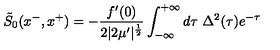
\tilde { S } _ { 0 } ( x ^ { - } , x ^ { + } ) = - { \frac { f ^ { \prime } ( 0 ) } { 2 | 2 \mu ^ { \prime } | ^ { \frac { 1 } { 2 } } } } \int _ { - \infty } ^ { + \infty } d \tau \ \Delta ^ { 2 } ( \tau ) e ^ { - \tau }